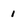
Character: 1